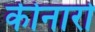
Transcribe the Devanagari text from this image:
कीनारो